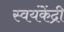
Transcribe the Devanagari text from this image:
स्वयंकेंद्री